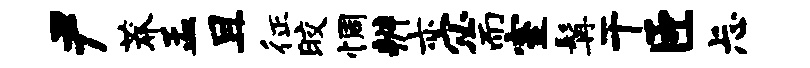
尹莽孟且征皎惆辨亦宓而室髯干臣忐